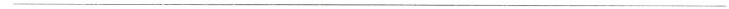
___